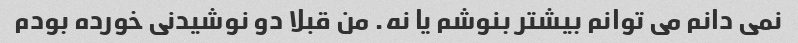
نمی دانم می توانم بیشتر بنوشم یا نه. من قبلا دو نوشیدنی خورده بودم